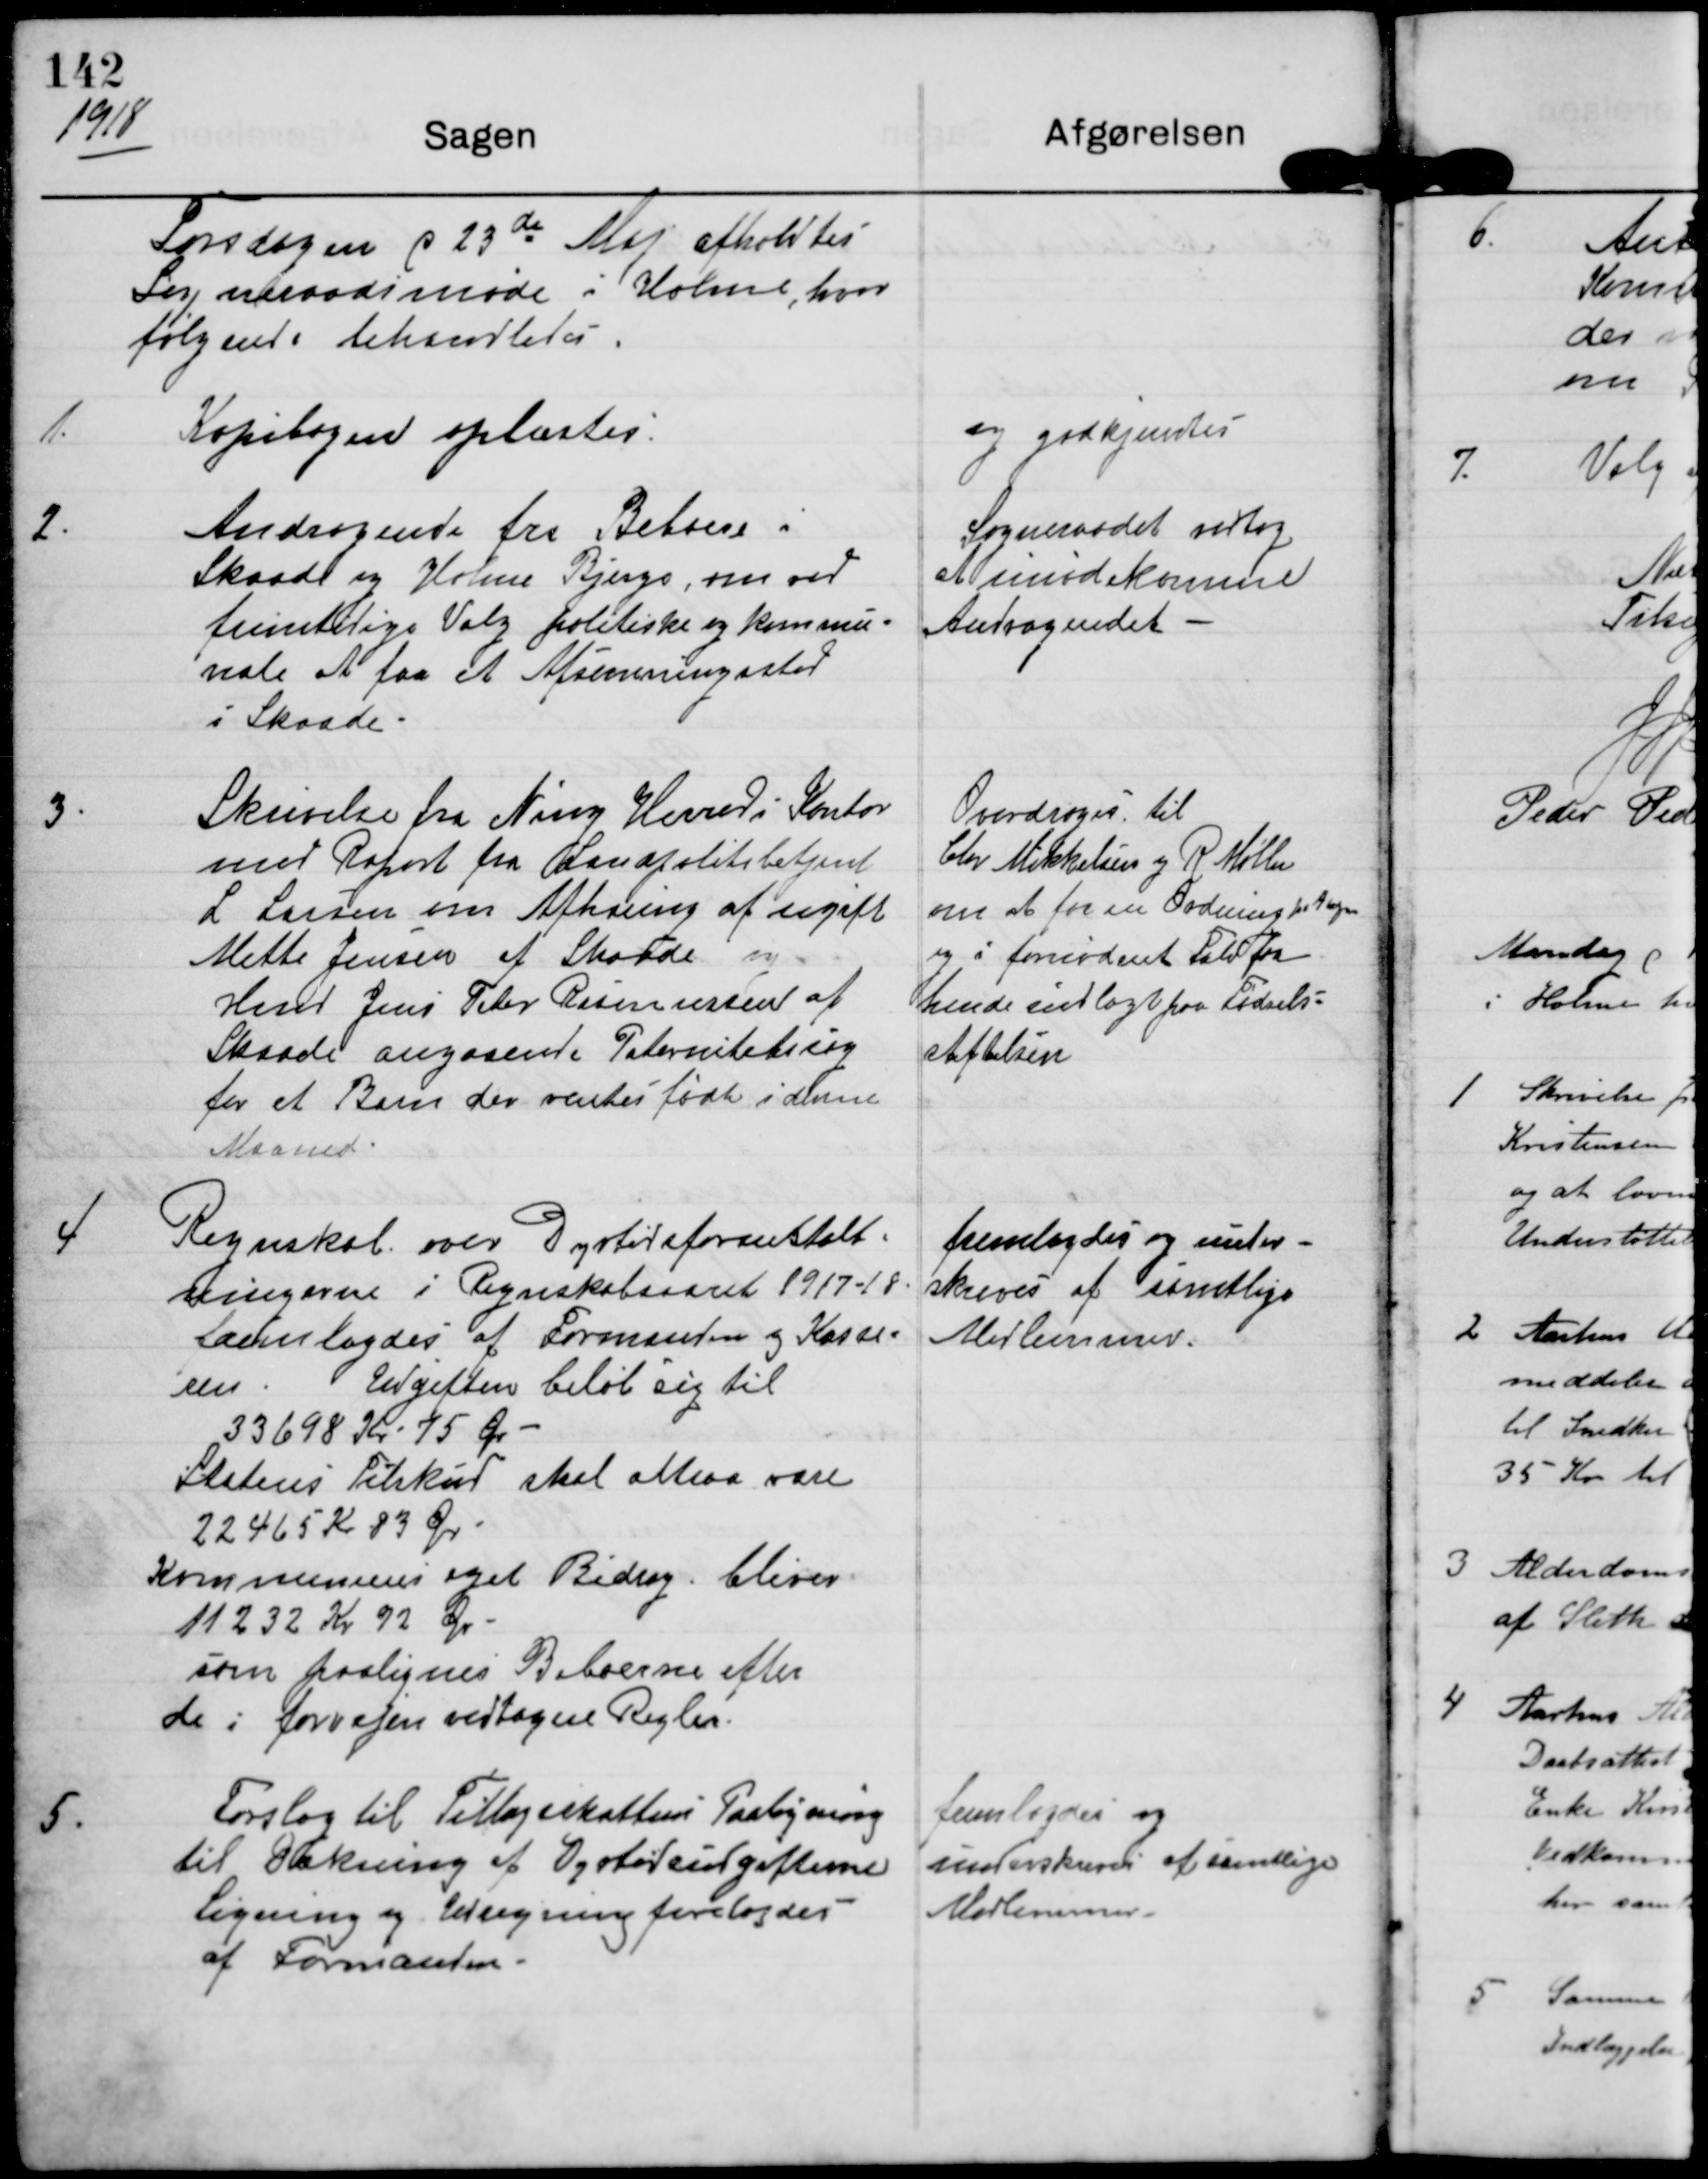
Transskription:
1918

Torsdagen d 23de Maj afholdtes
Sogneraadsmøde i Holme, hvor
følgende behandledes

1.

Kopibogen oplæstes

og godkjendtes

2.

Andragende fra Beboere i
Skaade og Holme Bjerge, om ved
fremtidige Valg politiske og kommu-
nale at faa et Afstemningssted
i Skaade.

Sogneraadet vedtog
at imødekomme
Andragendet.

3.

Skrivelse fra Ning Herreds Kontor
med Raport fra Landpolitibetjent
L. Larsen om Afklaring af ugift
Mette Jensen af Skaade og
Hmd Jens Peter Rasmussen af
Skaade angaaende Fader?bidrag
for et Barn der ventes født i denne
Maaned

Overdrages til
Chr Mikkelsen og R Møller
om at faa en ordning paa Plads
og i fornødent Fald faa
hende indlagt paa Fødsels-
stiftelsen.

4

Regnskab over Dyrtidsforanstalt-
ningerne i Regnskabsaaret 1917-18
forelagdes af Formanden og Kasse-
ren. Udgiften beløb sig til
33698 Kr 75 Ør
Statens Tilskud skal altsaa være
22465 Kr 83 Ør.
Kommunens eget Bidrag bliver
11232 kr 92 Ør.
som paalignes Beboerne efter
de i forvejen vedtagne Regler.

fremlagdes og under-
skrives af samtlige
Medlemmer.

5.

Forslag til Tillægsskattens Paaligning
til Dækning af Dyrtidsudgifterne
Ligning og Udregning forelagdes
af Formanden

fremlagdes og
underskrives af samtlige
Medlemmer.